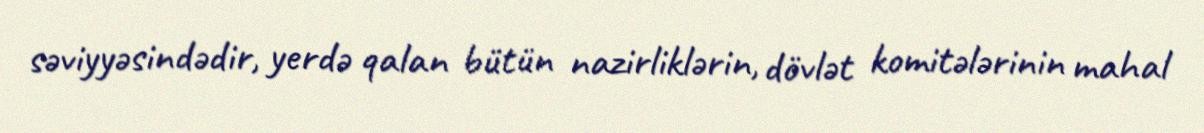
səviyyəsindədir, yerdə qalan bütün nazirliklərin, dövlət komitələrinin mahal